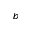
_ b